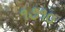
૧૭૧૦